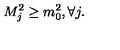
M _ { j } ^ { 2 } \geq m _ { 0 } ^ { 2 } , \forall j .